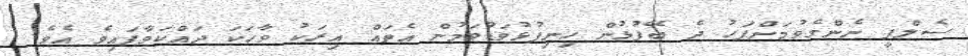
ސެލްފީ ނެންގެވުމަށްފަހު ދެ ބޭފުޅުން ހިނިފުޅުވަޑުވަމުން އެތައް އިރަކު ވާހަކަ ދައްކަވާފައިވެ އެވެ.